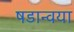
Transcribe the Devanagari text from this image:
षडान्वया